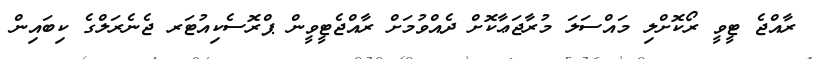
ރާއްޖެ ޓީވީ ރޯކޮށްލި މައްސަލަ މުރާޖަޢާކޮށް ދެއްވުމަށް ރާއްޖެޓީވީން ޕްރޮސެކިއުޓަރ ޖެނެރަލްގެ ކިބައިން